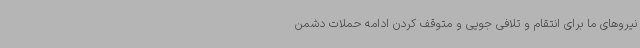
نیروهای ما برای انتقام و تلافی جویی و متوقف کردن ادامه حملات دشمن